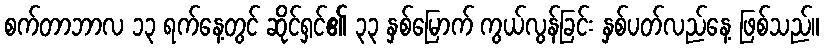
စက်တာဘာလ ၁၃ ရက်နေ့တွင် ဆိုင်ရှင်၏ ၃၃ နှစ်မြောက် ကွယ်လွန်ခြင်း နှစ်ပတ်လည်နေ့ ဖြစ်သည်။